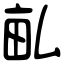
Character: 畆